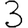
Digit: 3